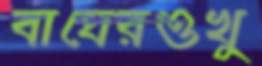
বাঘেরওখু